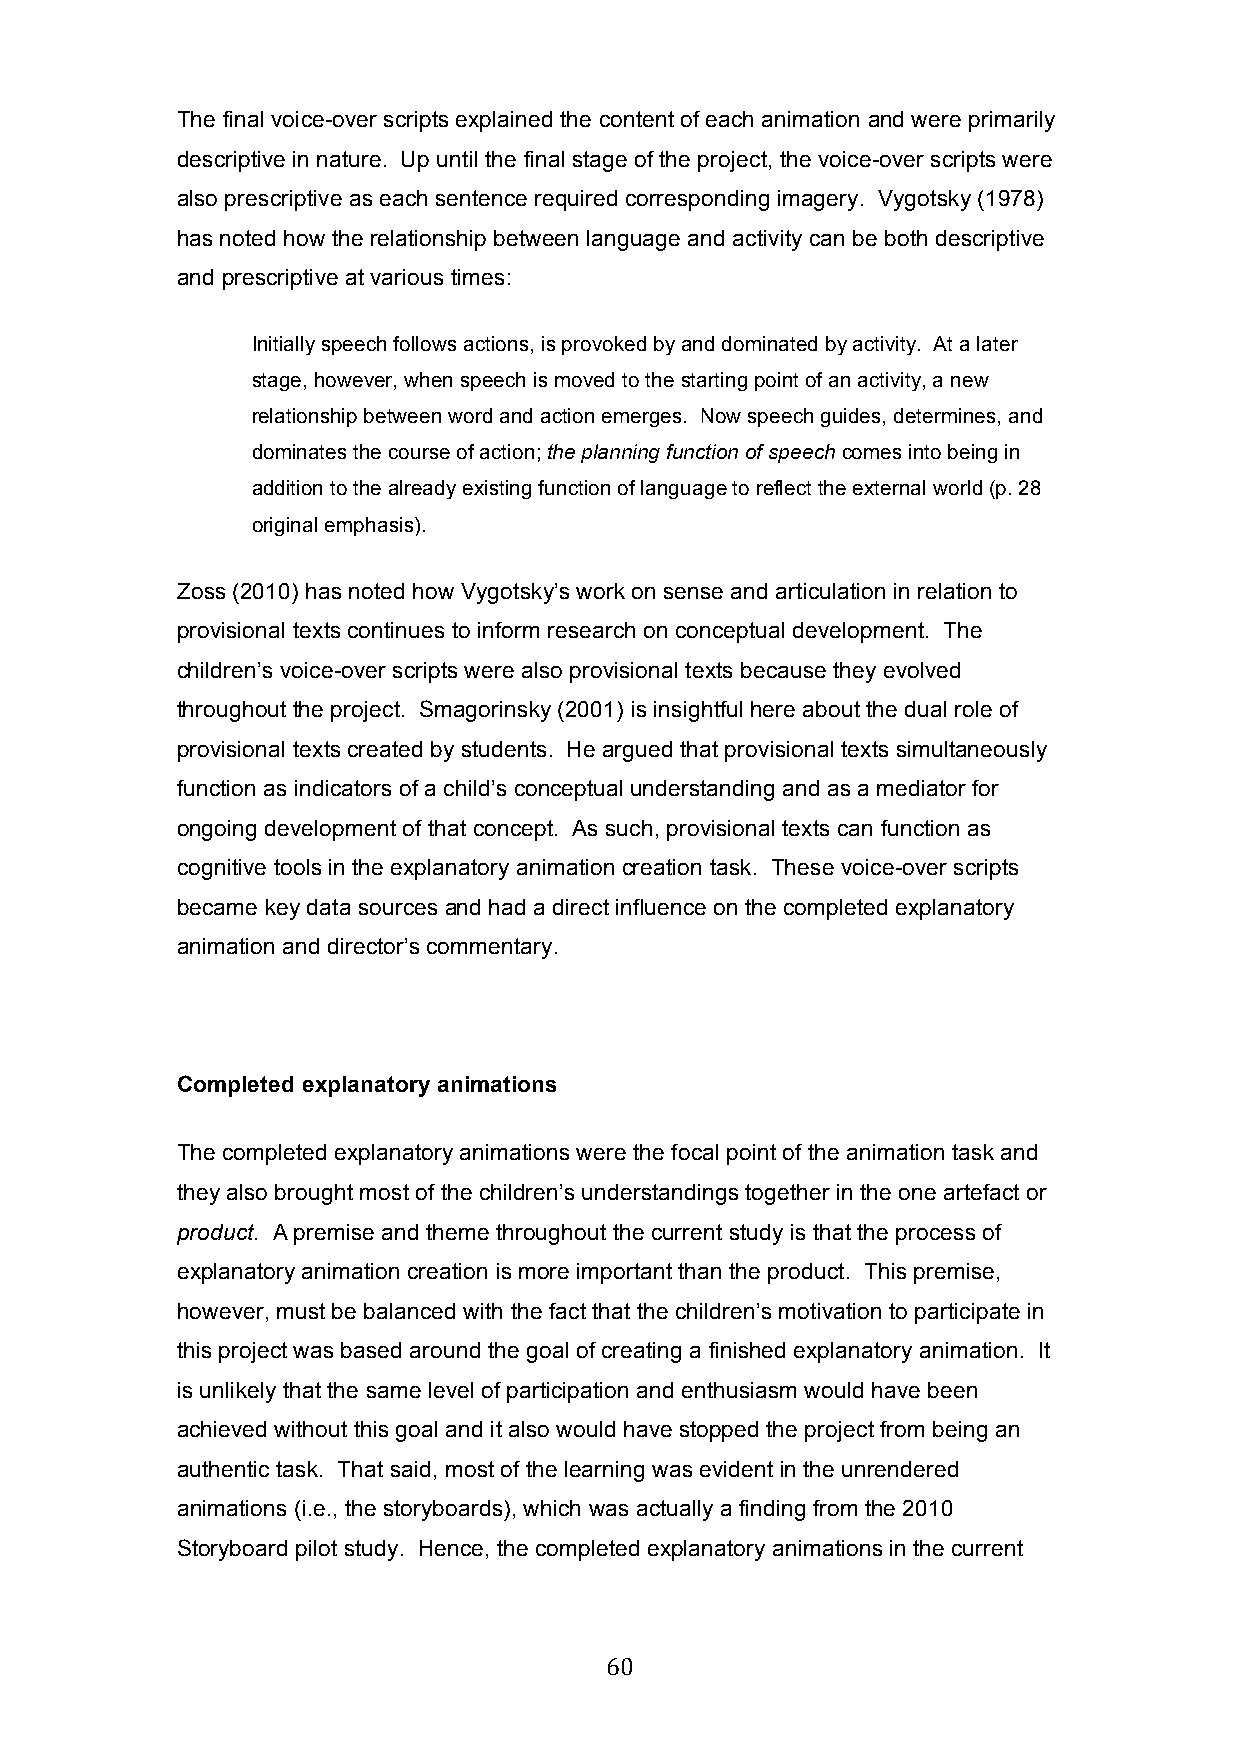
The final voice-over scripts explained the content of each animation and were primarily
 descriptive in nature. Up until the final stage of the project, the voice-over scripts were
 also prescriptive as each sentence required corresponding imagery. Vygotsky (1978)
 has noted how the relationship between language and activity can be both descriptive
 and prescriptive at various times:
 Initially speech follows actions, is provoked by and dominated by activity. At a later
 stage, however, when speech is moved to the starting point of an activity, a new
 relationship between word and action emerges. Now speech guides, determines, and
 dominates the course of action; the planning function of speech comes into being in
 addition to the already existing function of language to reflect the external world (p. 28
 original emphasis).
 Zoss (2010) has noted how Vygotsky’s work on sense and articulation in relation to
 provisional texts continues to inform research on conceptual development. The
 children’s voice-over scripts were also provisional texts because they evolved
 throughout the project. Smagorinsky (2001) is insightful here about the dual role of
 provisional texts created by students. He argued that provisional texts simultaneously
 function as indicators of a child’s conceptual understanding and as a mediator for
 ongoing development of that concept. As such, provisional texts can function as
 cognitive tools in the explanatory animation creation task. These voice-over scripts
 became key data sources and had a direct influence on the completed explanatory
 animation and director’s commentary.
 Completed explanatory animations
 The completed explanatory animations were the focal point of the animation task and
 they also brought most of the children’s understandings together in the one artefact or
 product. A premise and theme throughout the current study is that the process of
 explanatory animation creation is more important than the product. This premise,
 however, must be balanced with the fact that the children’s motivation to participate in
 this project was based around the goal of creating a finished explanatory animation. It
 is unlikely that the same level of participation and enthusiasm would have been
 achieved without this goal and it also would have stopped the project from being an
 authentic task. That said, most of the learning was evident in the unrendered
 animations (i.e., the storyboards), which was actually a finding from the 2010
 Storyboard pilot study. Hence, the completed explanatory animations in the current
 60